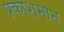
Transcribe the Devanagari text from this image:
प्रकाशमान्‌